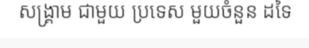
សង្គ្រាម ជាមួយ ប្រទេស មួយចំនួន ដទៃ